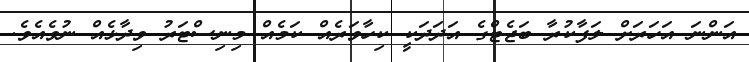
އަންނަ އަހަރަށް ލަފާކުރާ ބަޖެޓްގެ އަދަދަަކީ ކިހާވަރެއް ކަަމެއް މިނިސްޓަރު ވިދާޅެއް ނުވެއެވެ.